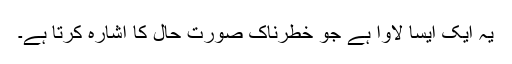
یہ ایک ایسا لاوا ہے جو خطرناک صورت حال کا اشارہ کرتا ہے۔